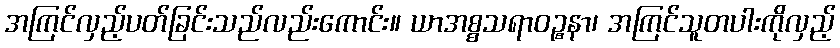
အကြင်လှည့်ပတ်ခြင်းသည်လည်းကောင်း။ ယာအစ္စသရာဝဉ္စနာ၊ အကြင်သူတပါးကိုလှည့်